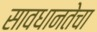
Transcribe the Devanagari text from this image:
सावधानतेचा